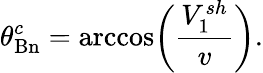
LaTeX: \theta_{\mathrm{Bn}}^{c}=\operatorname{arccos}\biggr(\frac{V_{1}^{sh}}{v}\biggl).